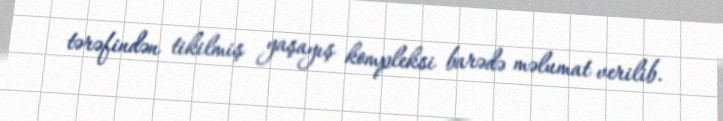
tərəfindən tikilmiş yaşayış kompleksi barədə məlumat verilib.